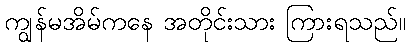
ကျွန်မအိမ်ကနေ အတိုင်းသား ကြားရသည်။